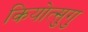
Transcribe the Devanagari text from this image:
कियोत्सुगु